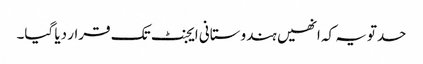
حدتویہ کہ انھیں ہندوستانی ایجنٹ تک قرار دیا گیا۔